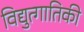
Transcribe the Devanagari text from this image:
विद्युत्गातिकी